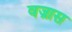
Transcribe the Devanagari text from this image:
वज्रास